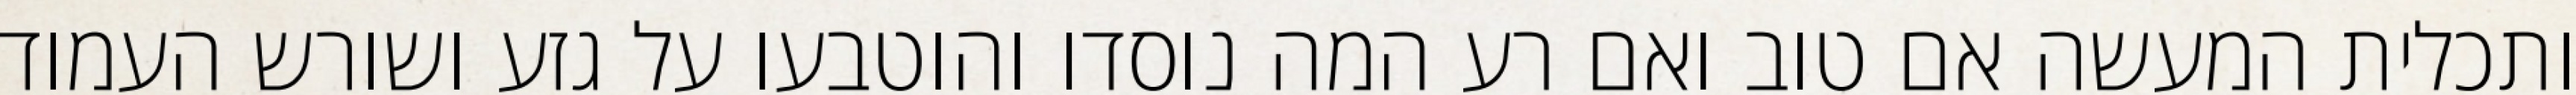
ותכלית המעשה אם טוב ואם רע המה נוסדו והוטבעו על גזע ושורש העמוד